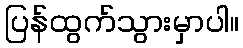
ပြန်ထွက်သွားမှာပါ။